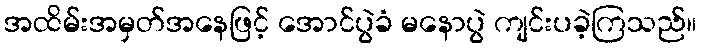
အထိမ်းအမှတ်အနေဖြင့် အောင်ပွဲခံ မနောပွဲ ကျင်းပခဲ့ကြသည်။